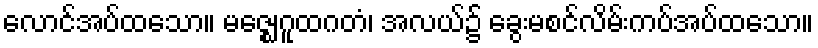
လောင်အပ်ထသော။ မဇ္ဈေဂူထဂတံ၊ အလယ်၌ ခွေးမစင်လိမ်းကပ်အပ်ထသော။